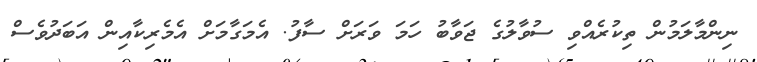
ނިންމާލަމުން ތިކުރެއްވި ސުވާލުގެ ޖަވާބު ހަމަ ވަރަށް ސާފު. އެމަގާމަށް އެމެރިކާއިން އަބަދުވެސް